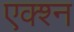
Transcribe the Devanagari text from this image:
एक्श्‍न